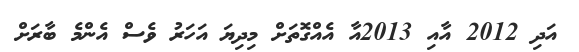
އަދި 2012 އާއި 2013އާ އެއްގޮތަށް މިދިޔަ އަހަރު ވެސް އެންމެ ބާރަށް